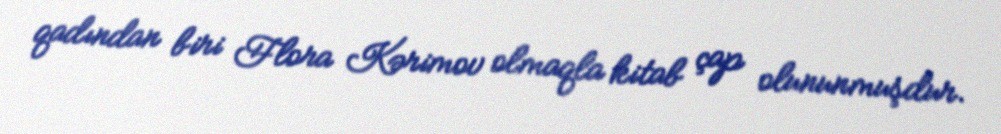
qadından biri Flora Kərimov olmaqla kitab çap olununmuşdur.